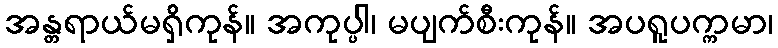
အန္တရာယ်မရှိကုန်။ အကုပ္ပါ၊ မပျက်စီးကုန်။ အပရူပက္ကမာ၊